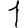
Digit: 1